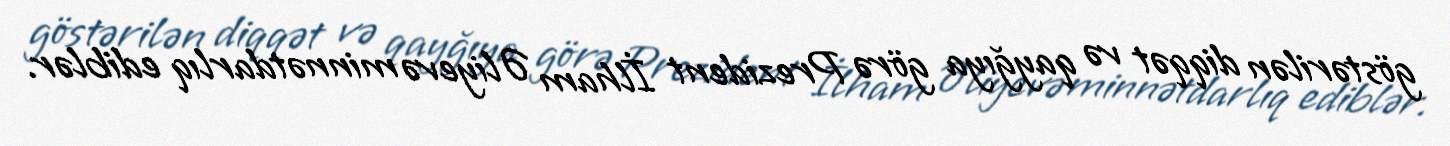
göstərilən diqqət və qayğıya görə Prezident İlham Əliyevə minnətdarlıq ediblər.